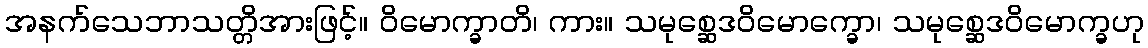
အနက်သေဘာသတ္တိအားဖြင့်။ ဝိမောက္ခာတိ၊ ကား။ သမုစ္ဆေဒဝိမောက္ခော၊ သမုစ္ဆေဒဝိမောက္ခဟု